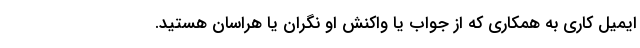
ایمیل کاری به همکاری که از جواب یا واکنش او نگران یا هراسان هستید.